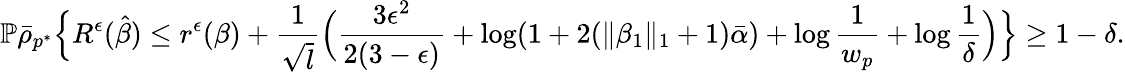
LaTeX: \mathbb{P}\bar{\rho}_{p^{*}}\Big\{ R^{\epsilon}(\hat{\beta})\leq r^{\epsilon}(\beta)+\frac{1}{\sqrt{l}}\Big(\frac{3\epsilon^{2}}{2(3-\epsilon)}+\log(1+2(\| \beta_{1}\| _{1}+1)\bar{\alpha})+\log\frac{1}{w_{p}}+\log\frac{1}{\delta}\Big)\Big\} \geq 1-\delta.